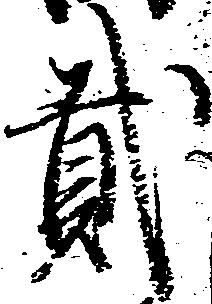
弐